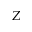
Z